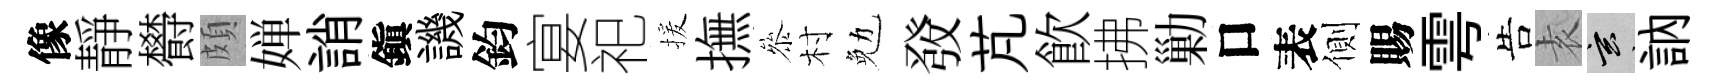
像靜欎頗婵誚鎭譏鈞宴祀援撫叅村勉𤼲芃飮拂勦口表側賜雩告𡊮玄訥